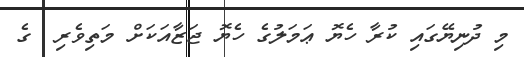
މި ދުނިޔޭގައި ކުރާ ހެޔޮ ޢަމަލުގެ ހެޔޮ ޖަޒާއަކަށް މަތިވެރި  ގެ